Report on vaccination in the Province of Bengal - 1869-1873
Year: 1869
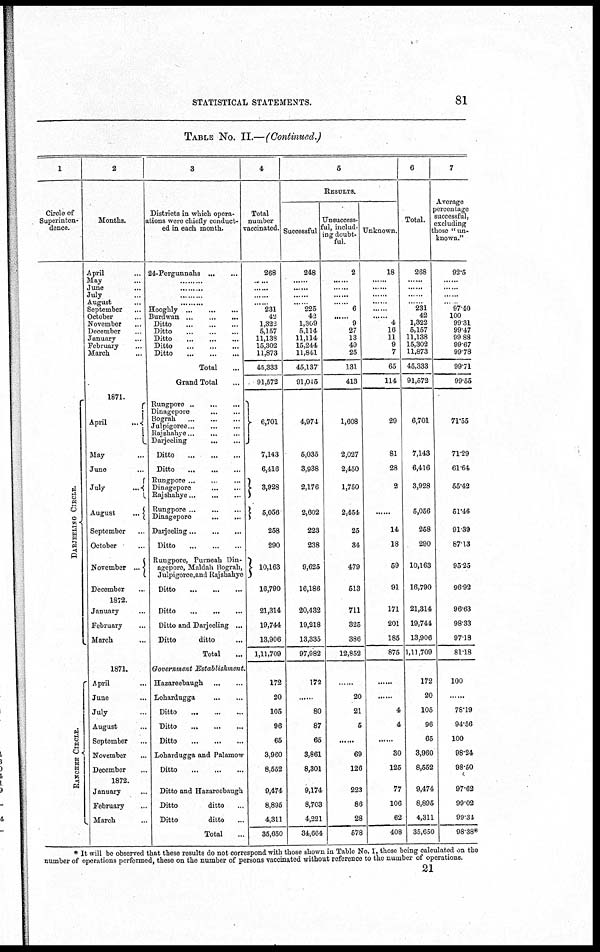
STATISTICAL STATEMENTS.
81
TABLE No. II.—(Continued.)
1
Circle of
Superinten-
dence.
RANCHE E CI RCLE.
2
Months.
April...
May...
June...
July...
August...
September...
October...
November...
December...
January...
February...
March...
1871.
April
...
May...
June...
July...
August...
September...
October...
November...
December...
1872.
January ...
February ...
March ...
1871.
April...
June...
July...
August...
September...
November...
December ...
1872.
January...
February...
March...
3
Districts in which opera-
tions were chiefly conduct-
ed in each month.
24-Pergunnahs... ... ...
......
......
......
......
Hooghly...
...
...
Burawan...
...
...
Ditto...
...
...
...
Ditto...
...
...
...
Ditto...
...
...
...
Ditto...
...
...
...
Ditto...
...
...
Total...
Grand Total...
Rungpore... ... ...
Dinagepore... ... ... ...
Bograh...
...
...
Julpigoree...
...
...
Rajshahye...
...
...
Darjeeling...
...
...
Ditto...
...
...
Ditto...
...
...
Rungpore... ... ...
Dinagepore...
...
...
Rajshahye...
...
...
Rungpore...
...
...
Dinagepore...
...
Darjeeling...
...
...
Ditto...
...
...
Rungpore, Purneah Din-
agepore, Maldah Bograh,
Julpigoree,and Rajshahye
Ditto ... ... ... ...
Ditto
Ditto and Darjeeling ...
Ditto
ditto ...
Total ...
Government Establishment.
Hazareebaugh...
...
Lohardugga... ...
Ditto
...
...
...
Ditto
...
...
...
Ditto
...
...
...
Lohardugga and Palamow
Ditto
...
...
...
Ditto and Hazareebaugh
Ditto
ditto...
Ditto
ditto...
Total...
4
Total
number
vaccinated
268
......
......
......
...... 231
42
1,322
5,167
11,138
15,302
11,873
45,333
91,572
6,701
7,143
6,416
3,928
5,056
258
290
10,163
16,790
21,314
19,744
13,906
1,11,709
172
20
105
96
65
3,960
8,552
9,474
8,895
4,311
35,650
5
RESULTS.
Successful
248
......
......
......
...... 225
42
1,309
5,114
11,114
15,244
11,841
45,137
91,015
4,974
5,035
3,938
2,176
2,602
223
238
9,625
16,186
20,432
19,218
13,335
97,982
172
......
80
87
65
3,861
8,301
9,174
8,703
4,221
34,664
Unsuccess-
ful, includ-
ing doubt-
ful.
2
......
......
......
...... 6
...... 9
27
13
49
25
131
413
1,608
2,027
2,450
1,750
2,454
25
34
479
513
711
325
386
12,852
......
20
21
5
......
69
126
223
86
28
578
Unknown.
18
......
......
......
......
......
...... 4
16
11
9
7
65
114
29
81
28
2
......
14
18
59
91
171
201
185
875
......
......
4
4
......
30
125
77
106
62
408
6
Total.
268
......
......
......
...... 231
42
1,322
5,157
11,138
15,302
11,873
45,333
91,572
6,701
7,143
6,416
3,928
5,056
258
290
10,163
16,790
21,314
19,744
13,906
1,11,709
172
20
105
96
65
3,960
8,552
9,474
8,895
4,311
35,650
7
Average
percentage
successful,
excluding
those "un-
known."
92.5
......
......
......
...... 97.40
100
99.31
99.47
99.88
99.67
99.78
99.71
99.55
71.55
71.29
61.64
55.42
51.46
91.39
87.13
95.25
96.92
96.63
98 33
97.18
81.18
100
......
78.19
94.56
100
98.24
98.50
97.62
99.02
99.34
98.38*
* It will be observed that these results do not correspond with those shown in Table No. 1, those being calculated on the
number of operations performed, these on the number of persons vaccinated without reference to the number of operations.
21